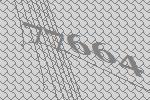
77664